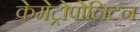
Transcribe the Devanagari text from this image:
केमेट्रोपोलिटन